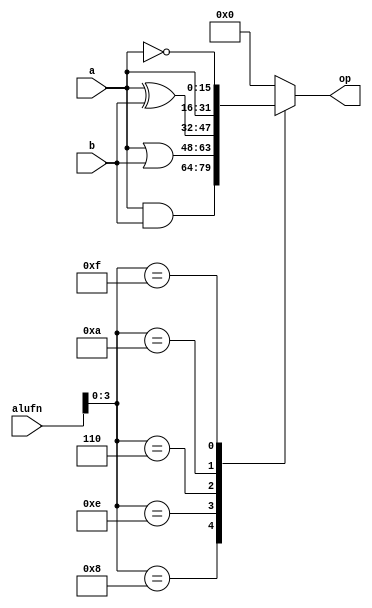
/*
   This file was generated automatically by Alchitry Labs version 1.2.1.
   Do not edit this file directly. Instead edit the original Lucid source.
   This is a temporary file and any changes made to it will be destroyed.
*/

module boolean_8 (
    input [5:0] alufn,
    input [15:0] a,
    input [15:0] b,
    output reg [15:0] op
  );
  
  
  
  always @* begin
    
    case (alufn[0+3-:4])
      4'h8: begin
        op = a & b;
      end
      4'he: begin
        op = a | b;
      end
      4'h6: begin
        op = a ^ b;
      end
      4'ha: begin
        op = a;
      end
      4'hf: begin
        op = ~a;
      end
      default: begin
        op = 16'h0000;
      end
    endcase
  end
endmodule